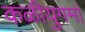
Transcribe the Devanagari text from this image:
कळीयुगमां